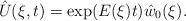
LaTeX: \begin{align*}\hat U(\xi,t) = \exp(E(\xi)t)\hat w_0(\xi).\end{align*}